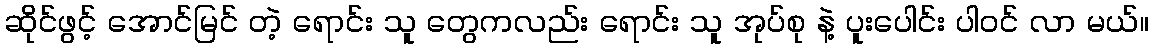
ဆိုင်ဖွင့် အောင်မြင် တဲ့ ရောင်း သူ တွေကလည်း ရောင်း သူ အုပ်စု နဲ့ ပူးပေါင်း ပါ၀င် လာ မယ်။